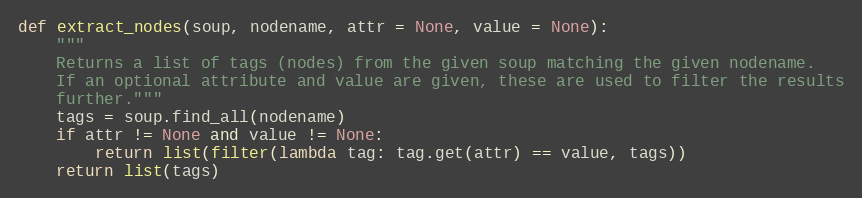
Language: Python
def extract_nodes(soup, nodename, attr = None, value = None):
    """
    Returns a list of tags (nodes) from the given soup matching the given nodename.
    If an optional attribute and value are given, these are used to filter the results
    further."""
    tags = soup.find_all(nodename)
    if attr != None and value != None:
        return list(filter(lambda tag: tag.get(attr) == value, tags))
    return list(tags)